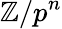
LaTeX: \mathbb{Z}/p^{n}